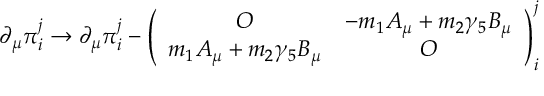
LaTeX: \partial _ { \mu } \pi _ { i } ^ { j } \to \partial _ { \mu } \pi _ { i } ^ { j } - \left( \begin{array} { c c } { { O } } & { { - m _ { 1 } A _ { \mu } + m _ { 2 } \gamma _ { 5 } B _ { \mu } } } \\ { { m _ { 1 } A _ { \mu } + m _ { 2 } \gamma _ { 5 } B _ { \mu } } } & { { O } } \end{array} \right) _ { i } ^ { j }